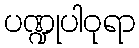
ပဏ္ဍုပါဝုရာ